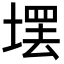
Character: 𪤄